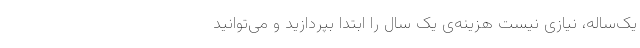
یک‌ساله، نیازی نیست هزینه‌ی یک سال را ابتدا بپردازید و می‌توانید